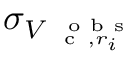
\sigma _ { V _ { \mathrm { ~ \small ~ c ~ } , r _ { i } } ^ { \mathrm { ~ \scriptsize ~ o ~ b ~ s ~ } } }